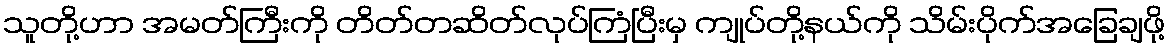
သူတို့ဟာ အမတ်ကြီးကို တိတ်တဆိတ်လုပ်ကြံပြီးမှ ကျုပ်တို့နယ်ကို သိမ်းပိုက်အခြေချဖို့